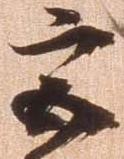
宮